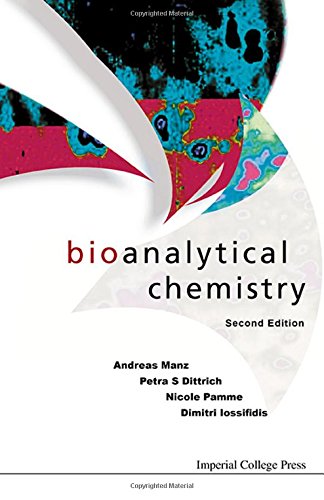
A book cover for Bioanalytical Chemistry: 2nd Edition; Andreas Manz; Science & Math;